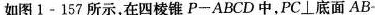
如图1-157所示，在四棱锥P-ABCD中，PC\bot底面AB-